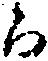
郎